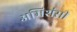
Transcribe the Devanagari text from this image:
अभिशंसी